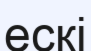
ескі